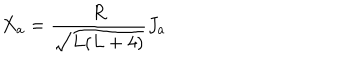
X _ { a } = \frac { R } { \sqrt { L ( L + 4 ) } } J _ { a }